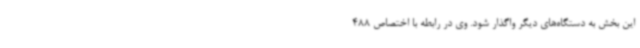
این بخش به دستگاه‌های دیگر واگذار شود. وی در رابطه با اختصاص 488